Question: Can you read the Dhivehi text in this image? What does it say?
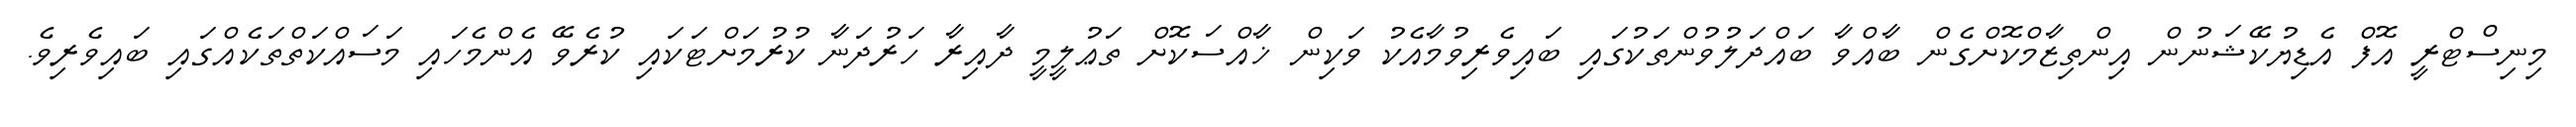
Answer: މިނިސްޓްރީ އޮފް އެޑިޔުކޭޝަނުން އިންތިޒާމްކޮށްގެން ބާއްވާ ބައްދަލުވުންތަކުގައި ބައިވެރިވުމާއެކު ވަކިން ޚާއްސަކޮށް ތަޢުލީމީ ދާއިރާ ހަރުދަނާ ކުރުމަށްޓަކައި ކުރެވޭ އެންމެހައި މަސައްކަތްތަކެއްގައި ބައިވެރިވެ.